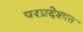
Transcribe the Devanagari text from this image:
परप्रदेशात